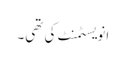
انویسٹمنٹ کی تھی۔